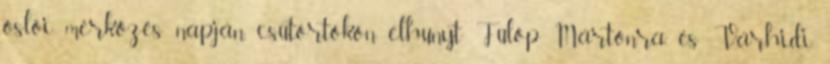
oslói mérkőzés napján, csütörtökön elhunyt Fülöp Mártonra, és Várhidi